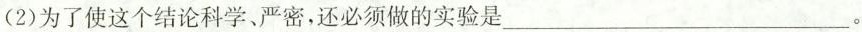
(2)为了使这个结论科学、严密，还必须做的实验是___。